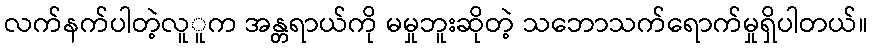
လက်နက်ပါတဲ့လူူက အန္တရာယ်ကို မမှုဘူးဆိုတဲ့ သဘောသက်ရောက်မှုရှိပါတယ်။